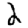
Digit: 2